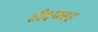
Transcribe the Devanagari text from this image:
तीक्ष्णसह